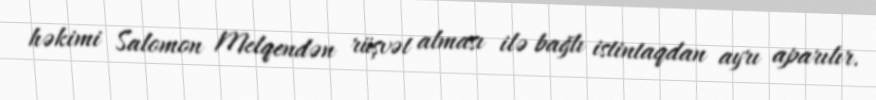
həkimi Salomon Melqendən rüşvət alması ilə bağlı istintaqdan ayrı aparılır.